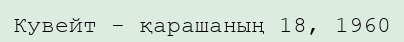
Кувейт - қарашаның 18, 1960